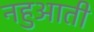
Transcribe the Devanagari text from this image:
नहुआती